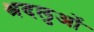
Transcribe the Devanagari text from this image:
श्रदलुओं